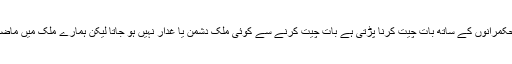
اپوزیشن ارکان کا کہنا تھا کہ جب کوئی وزیر اعظم منتخب ہو جاتا ہے تو اسے دوسرے ملکوں کے حکمرانوں کے ساتھ بات چیت کرنا پڑتی ہے بات چیت کرنے سے کوئی ملک دشمن یا غدار نہیں ہو جاتا لیکن ہمارے ملک میں ماضی کے حکمرانوں کے ساتھ ایسا کیا گیا ان پر مودی کے یار مودی کے یار کا بار بار الزام لگایا گیا ۔